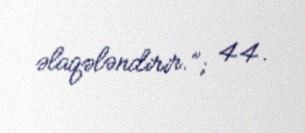
əlaqələndirir.”; 44.